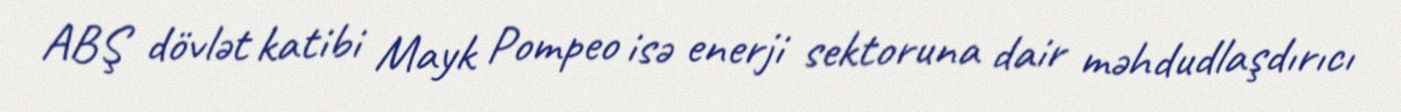
ABŞ dövlət katibi Mayk Pompeo isə enerji sektoruna dair məhdudlaşdırıcı